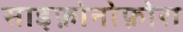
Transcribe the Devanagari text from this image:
साइफ़ोनोफ़ोरा